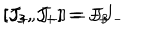
[ J _ { 3 } , J _ { + } ] = J _ { + } \hspace { 1 c m } [ J _ { 3 } , J _ { - } ] = - J _ { - } \hspace { 1 c m } [ J _ { + } , J _ { - } ] = J _ { 3 }